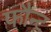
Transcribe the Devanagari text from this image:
फौन्ट